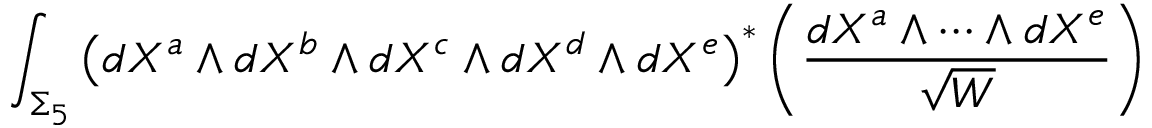
\int _ { \Sigma _ { 5 } } \left( d X ^ { a } \wedge { d } X ^ { b } \wedge { d } X ^ { c } \wedge { d } X ^ { d } \wedge { d } X ^ { e } \right) ^ { \ast } \left( \frac { d X ^ { a } \wedge \cdots \wedge { d } X ^ { e } } { \sqrt { W } } \right)